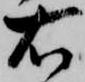
右